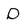
Character: D